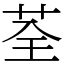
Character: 荃